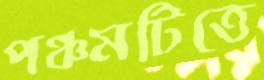
পঞ্চমটিতে